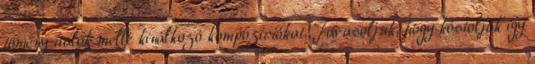
tömény italok mellé kínálkozó kompozíciókat. Javasoljuk, hogy kóstolják így